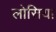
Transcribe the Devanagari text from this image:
लोसिया